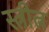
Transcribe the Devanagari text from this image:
स्त्रीत्न